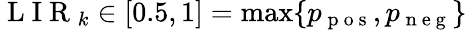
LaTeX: \mathrm{~L~I~R~}_{k}\in[0.5,1]=\operatorname*{max}\{ p_{\mathrm{~p~o~s~}},p_{\mathrm{~n~e~g~}}\}